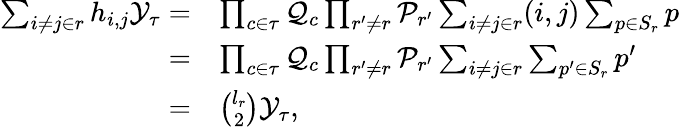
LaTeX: \begin{array}{rl}{\sum_{i\ne j\in r}h_{i,j}\mathcal{Y}_{\tau}=}&{\prod_{c\in\tau}\mathcal{Q}_{c}\prod_{r^{\prime}\ne r}\mathcal{P}_{r^{\prime}}\sum_{i\ne j\in r}(i,j)\sum_{p\in S_{r}}p}\\ {=}&{\prod_{c\in\tau}\mathcal{Q}_{c}\prod_{r^{\prime}\ne r}\mathcal{P}_{r^{\prime}}\sum_{i\ne j\in r}\sum_{p^{\prime}\in S_{r}}p^{\prime}}\\ {=}&{\binom{l_{r}}{2}\mathcal{Y}_{\tau},}\end{array}